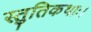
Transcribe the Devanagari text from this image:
स्तुतिकथाः।